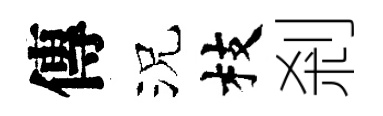
傳況枝剎